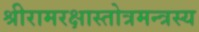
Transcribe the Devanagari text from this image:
श्रीरामरक्षास्तोत्रमन्त्रस्य